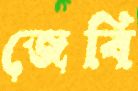
জেবি